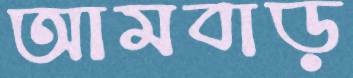
আমবাড়